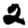
Digit: 2